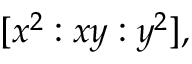
[ x ^ { 2 } : x y : y ^ { 2 } ] ,